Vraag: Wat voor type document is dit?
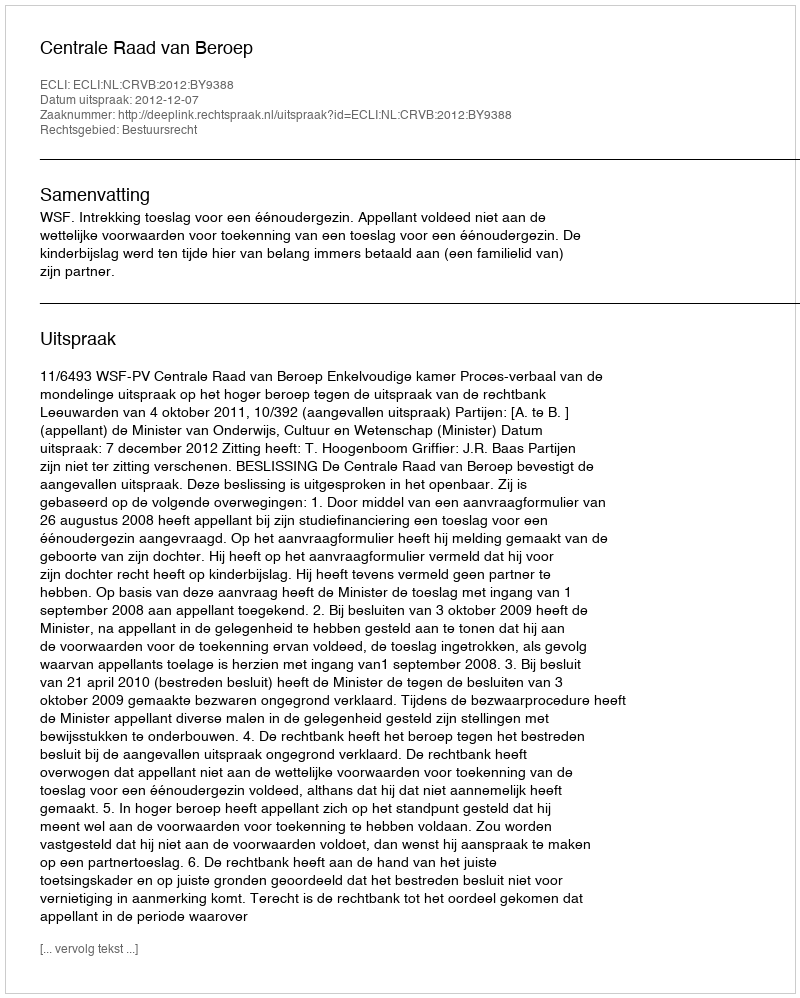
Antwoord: Uitspraak